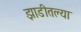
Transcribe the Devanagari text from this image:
झाडीतल्या